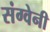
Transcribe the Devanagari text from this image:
संग्वेनी